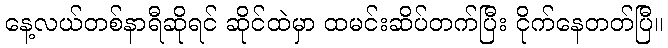
နေ့လယ်တစ်နာရီဆိုရင် ဆိုင်ထဲမှာ ထမင်းဆိပ်တက်ပြီး ငိုက်နေတတ်ပြီ။